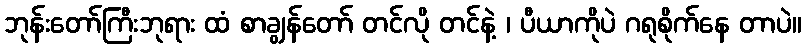
ဘုန်းတော်ကြီးဘုရား ထံ စာချွန်တော် တင်လို တင်နဲ့ ၊ ပီယာကိုပဲ ဂရုစိုက်နေ တာပဲ။